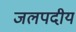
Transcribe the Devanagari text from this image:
जलपदीय